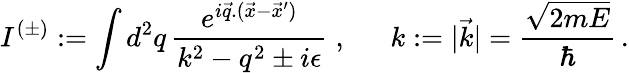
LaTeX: I^{(\pm)}:=\int d^{2}q\, \frac{e^{i\vec{q}.(\vec{x}-\vec{x}^{\prime})}}{k^{2}-q^{2}\pm i\epsilon}\; ,~~~~~~k:=|\vec{k}|=\frac{\sqrt{2mE}}{\hbar}\, .